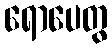
ရောပေတွ